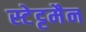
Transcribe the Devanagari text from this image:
स्टेट्टमैन